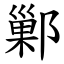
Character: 鄛